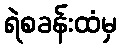
ရဲစခန်းထံမှ